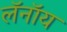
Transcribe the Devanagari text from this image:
लॅनॉय